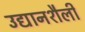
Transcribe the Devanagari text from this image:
उद्यानशैली